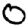
Digit: 0